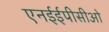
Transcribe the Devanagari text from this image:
एनईईपीसीओ